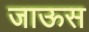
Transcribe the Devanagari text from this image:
जाऊस